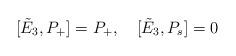
LaTeX: \begin{align*}[\tilde{E}_{3},P_{+}]=P_{+},\quad [\tilde{E}_{3},P_{s}]=0\end{align*}